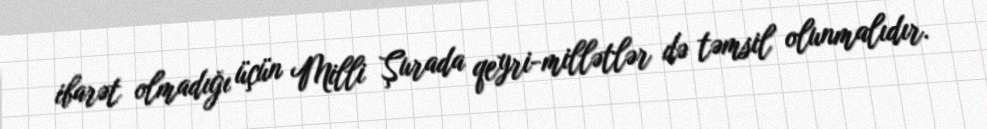
ibarət olmadığı üçün Milli Şurada qeyri-millətlər də təmsil olunmalıdır.